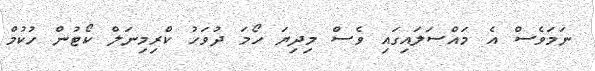
ނަމަވެސް އެ މައްސަލައިގައި ވެސް މިދިޔަ ހޯމަ ދުވަހު ކްރިމިނަލް ކޯޓުން ހުކުމް